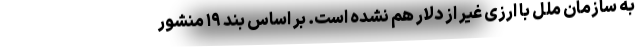
به سازمان ملل با ارزی غیر از دلار هم نشده است. بر اساس بند ۱۹ منشور